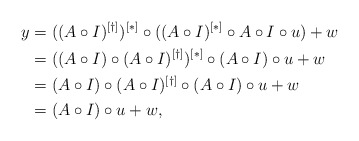
\begin{align*}y&=((A\circ I)^{[\dagger]})^{[*]}\circ ((A\circ I)^{[*]}\circ A\circ I\circ u)+w\\&=((A\circ I)\circ (A\circ I)^{[\dagger]})^{[*]}\circ (A\circ I)\circ u+w\\&= (A\circ I)\circ (A\circ I)^{[\dagger]}\circ (A\circ I)\circ u+w\\&=(A\circ I)\circ u+w, \end{align*}